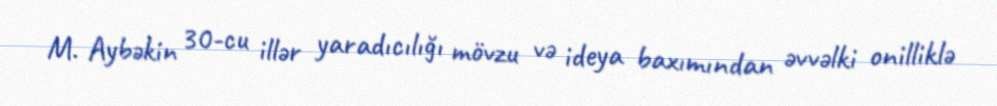
M. Aybəkin 30-cu illər yaradıcılığı mövzu və ideya baxımından əvvəlki onilliklə